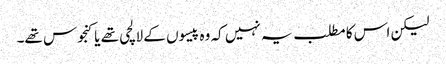
لیکن اس کا مطلب یہ نہیں کہ وہ پیسوں کے لالچی تھے یا کنجوس تھے۔